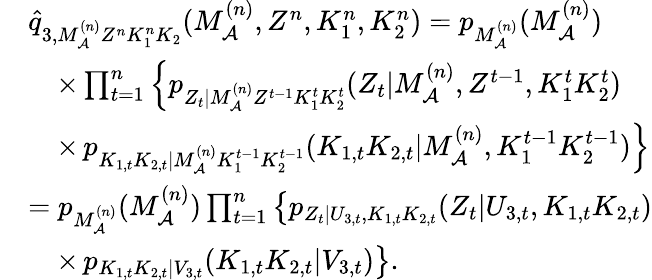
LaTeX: \begin{array}{rl}&{\hat{q}_{3,M_{\cal A}^{(n)}Z^{n}K_{1}^{n}K_{2}}(M_{\cal A}^{(n)},Z^{n},K_{1}^{n},K_{2}^{n})=p_{M_{\cal A}^{(n)}}(M_{\cal A}^{(n)})}\\ &{\quad\times\prod_{t=1}^{n}\left\{ p_{Z_{t}|M_{\cal A}^{(n)}Z^{t-1}K_{1}^{t}K_{2}^{t}}(Z_{t}|M_{\cal A}^{(n)},Z^{t-1},K_{1}^{t}K_{2}^{t})\right.}\\ &{\quad\times\left.p_{K_{1,t}K_{2,t}|M_{\cal A}^{(n)}K_{1}^{t-1}K_{2}^{t-1}}(K_{1,t}K_{2,t}|M_{\cal A}^{(n)},K_{1}^{t-1}K_{2}^{t-1})\right\} }\\ &{=p_{M_{\cal A}^{(n)}}(M_{\cal A}^{(n)})\prod_{t=1}^{n}\left\{ p_{Z_{t}|U_{3,t},K_{1,t}K_{2,t}}(Z_{t}|U_{3,t},K_{1,t}K_{2,t})\right.}\\ &{\quad\times\left.p_{K_{1,t}K_{2,t}|V_{3,t}}(K_{1,t}K_{2,t}|V_{3,t})\right\} .}\end{array}